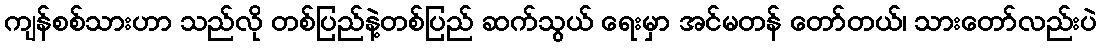
ကျန်စစ်သားဟာ သည်လို တစ်ပြည်နဲ့တစ်ပြည် ဆက်သွယ် ရေးမှာ အင်မတန် တော်တယ်၊ သားတော်လည်းပဲ